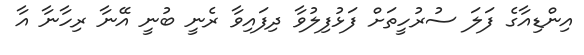
އިންޑިއާގެ ފަލަ ސުރުހީތަށް ފަޅުފިލުވާ ދިފައިވާ ރެނީ ބުނީ އޭނާ ރިހާނާ އާ